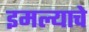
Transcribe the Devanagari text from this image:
इमल्याचे